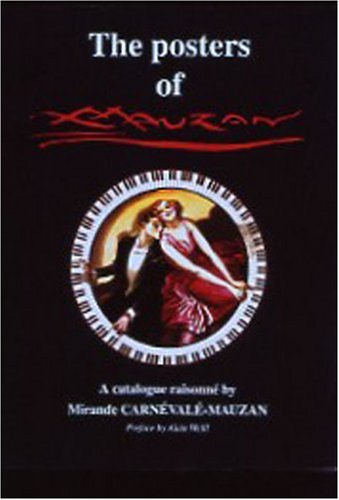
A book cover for The Posters of Achille Mauzan, 1883EE1952: A Catalogue Raisonne; Mirande Carnevale-Mauzan; Crafts, Hobbies & Home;